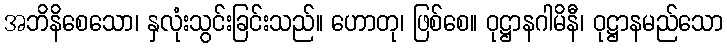
အဘိနိစေသော၊ နှလုံးသွင်းခြင်းသည်။ ဟောတု၊ ဖြစ်စေ။ ဝုဋ္ဌာနဂါမိနီ၊ ဝုဋ္ဌာနမည်သော